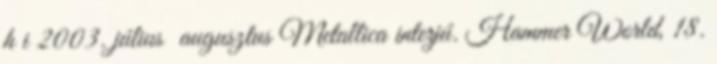
h i 2003. július augusztus Metallica interjú. Hammer World, 18.